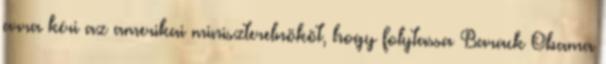
arra kéri az amerikai miniszterelnököt, hogy folytassa Barack Obama